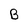
Character: B